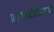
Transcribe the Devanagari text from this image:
फ्रांकनस्टेडियोनमध्ये